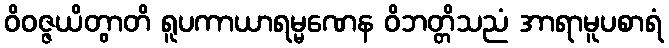
ဝိဝဇ္ဇယိတွာတိ ရူပကာယာရမ္မဏေန ဝိဘတ္တိသညံ အာရာမူပစာရံ